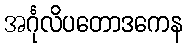
အင်္ဂုလိပတောဒကေန